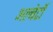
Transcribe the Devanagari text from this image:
अल्बेर्टो